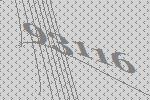
93116